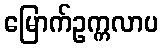
မြောက်ဥက္ကလာပ